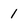
Character: 1